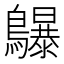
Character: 鸔